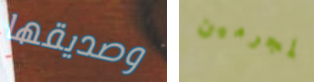
وصديقها المجرمين